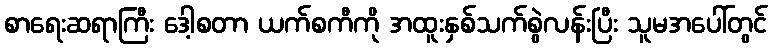
စာရေးဆရာကြီး ဒေါ့စတာ ယက်စကီကို အထူးနှစ်သက်စွဲလန်းပြီး သူမအပေါ်တွင်